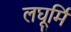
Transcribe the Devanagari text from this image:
लघूर्मि